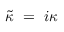
\tilde { \kappa } ~ = ~ i \kappa